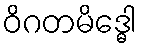
ဝိဂတမိဒ္ဓေါ